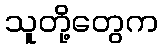
သူတို့တွေက